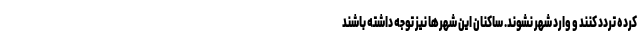
کرده تردد کنند و وارد شهر نشوند. ساکنان این شهرها نیز توجه داشته باشند